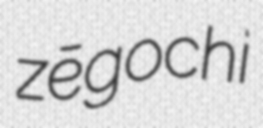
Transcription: zēgochi